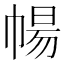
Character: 𭘩